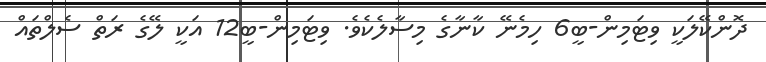
ދޮންކޭލަކީ ވިޓަމިން-ބީ6 ހިމެނޭ ކާނާގެ މިސާލެކެވެ. ވިޓަމިން-ބީ12 އަކީ ލޭގެ ރަތް ސެލްތައް